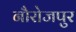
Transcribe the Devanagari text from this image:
नौरोजपुर